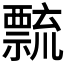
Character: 𥜆